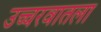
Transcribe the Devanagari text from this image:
उच्चरवातला